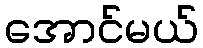
အောင်မယ်